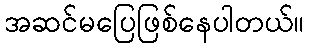
အဆင်မပြေဖြစ်နေပါတယ်။